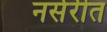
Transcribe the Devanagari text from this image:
नर्सरीत